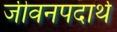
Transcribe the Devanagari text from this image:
जीवनपदार्थ